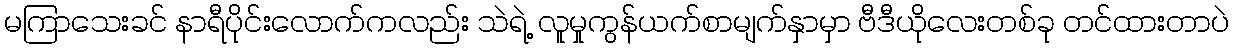
မကြာသေးခင် နာရီပိုင်းလောက်ကလည်း သဲရဲ့ လူမှုကွန်ယက်စာမျက်နှာမှာ ဗီဒီယိုလေးတစ်ခု တင်ထားတာပဲ